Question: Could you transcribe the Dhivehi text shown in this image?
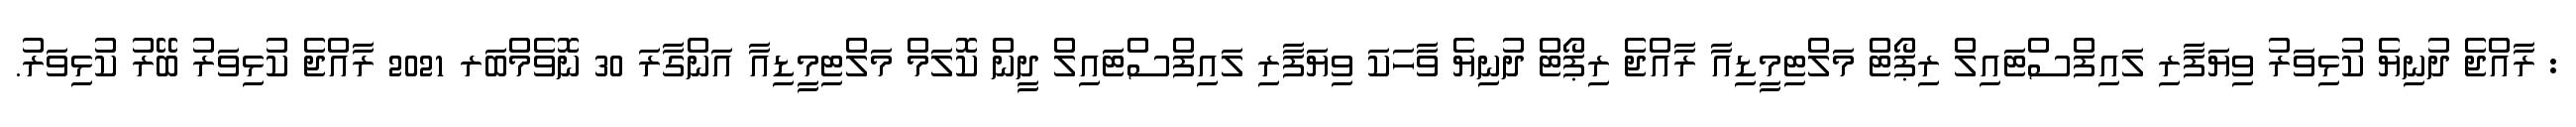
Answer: : ރާއްޖެ ދުނިޔެ ކުޅިވަރު ވިޔަފާރި ލައިފްސްޓައިލް ރިޕޯޓް މަލްޓިމީޑިއާ ރާއްޖެ ރިޕޯޓް ދުނިޔެ ވާހަކަ ވިޔަފާރި ލައިފްސްޓައިލް ދީން ކޮލަމް މަލްޓިމީޑިއާ އަންގާރަ 30 ނޮވެމްބަރ 2021 ރާއްޖެ ކުޅިވަރު ބޭރު ކުޅިވަރު.